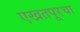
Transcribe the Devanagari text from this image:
एखतपूरचा